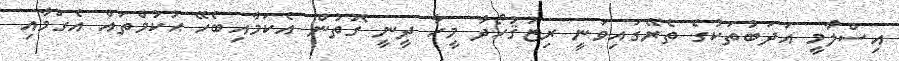
އިސްލާމީ އަދަބުތަކުގެ ތެރޭގައިވަނީ ރިޒުޤުހޯދާ މީހާ ދީނީ ގޮތުން އެކަމާއިބެހޭ ޙުކުމްތައް އެގުމާއި